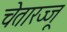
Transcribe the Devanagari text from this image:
चेतारज्जू